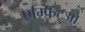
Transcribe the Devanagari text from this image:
एम्फिट्रूओ